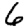
Digit: 6